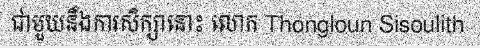
ជាមួយនឹងការសិក្សានោះ លោក Thongloun Sisoulith